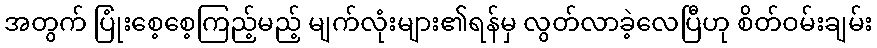
အတွက် ပြုံးစေ့စေ့ကြည့်မည့် မျက်လုံးများ၏ရန်မှ လွတ်လာခဲ့လေပြီဟု စိတ်ဝမ်းချမ်း